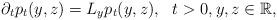
LaTeX: \begin{align*}\partial_tp_t(y,z)=L_{y}p_t(y,z), \ \ t>0,y,z\in \mathbb{R},\end{align*}